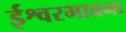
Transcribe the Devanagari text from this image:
ईश्वरभावना